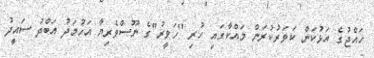
ހައްޖުގެ އަޅުކަން ކަވަރުކުރަން މައްކާގައި ހުރި "ހަވީރު"ގެ ނޫސްވެރިޔާ އަހުމަދު އަބްދު ސައީދު